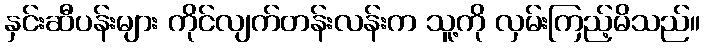
နှင်းဆီပန်းများ ကိုင်လျက်တန်းလန်းက သူ့ကို လှမ်းကြည့်မိသည်။